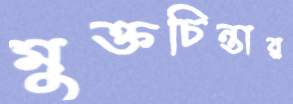
মুক্তচিন্তার